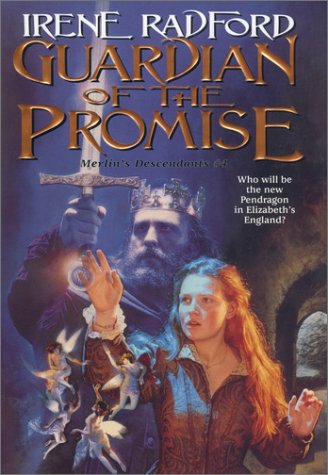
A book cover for Guardian of the Promise (Merlin's Descendants, 4); Irene Radford; Science Fiction & Fantasy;